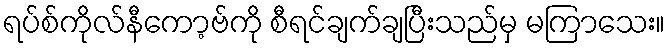
ရပ်စ်ကိုလ်နီကော့ဗ်ကို စီရင်ချက်ချပြီးသည်မှ မကြာသေး။